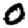
Digit: 0